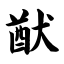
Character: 猷